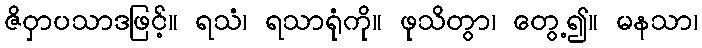
ဇိဝှာပသာဒဖြင့်။ ရသံ၊ ရသာရုံကို။ ဖုသိတွာ၊ တွေ့၍။ မနသာ၊